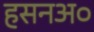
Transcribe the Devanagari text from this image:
हसनअ०